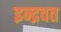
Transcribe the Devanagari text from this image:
इन्द्रवत